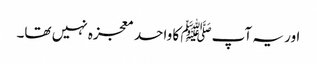
اور یہ آپﷺ کا واحد معجزہ نہیں تھا۔